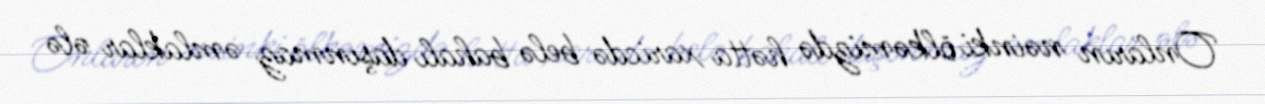
Onların nəinki ölkəmizdə hətta xaricdə belə bahalı daşınmaz əmlaklar ələ